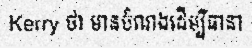
Kerry ថា មានបំណងដើម្បីធានា